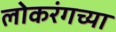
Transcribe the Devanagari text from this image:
लोकरंगच्या